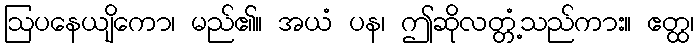
ဩပနေယျိကော၊ မည်၏။ အယံ ပန၊ ဤဆိုလတ္တံ့သည်ကား။ ဧတ္ထ၊